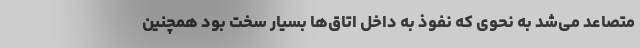
متصاعد می‌شد به نحوی‌ که نفوذ به داخل اتاق‌ها بسیار سخت بود همچنین